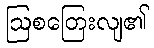
ဩစတြေးလျ၏